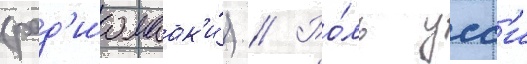
(рад'иомаак'и́) // Ро́ль усс'и